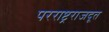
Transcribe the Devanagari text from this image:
परराष्ट्रराजदूत